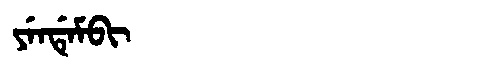
Manchu: ᠶᡝᠨᡩᡝᠮᠪᡳ
Romanization: YENDEMBI